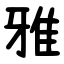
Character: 雅